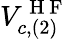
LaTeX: V_{c,(2)}^{\mathrm{~H~F~}}